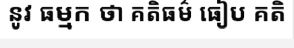
នូវ ធម្មក ថា គតិធម៌ ធៀប គតិ